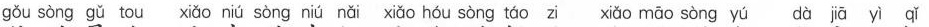
gǒu sòng gǔ tou xiǎo niú sòng niú nǎi xiǎo hóu sòng táo zi xiǎo māo sòng yú dà jā yì qǐ